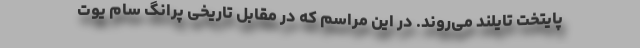
پایتخت تایلند می‌روند. در این مراسم که در مقابل تاریخی پرانگ سام یوت